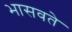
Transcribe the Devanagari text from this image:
भासवते